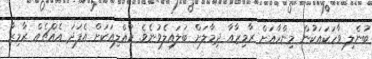
ބުނެލި ވާހަކައަކުން މިންހާއަށް ރާމިޒާއާ ދިމާލަށް ބަލައިލެވުނެވެ. ކުއްލިއަކަށް އެފަދަ އެއްޗެއް ރާމިޒާ